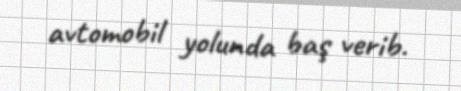
avtomobil yolunda baş verib.